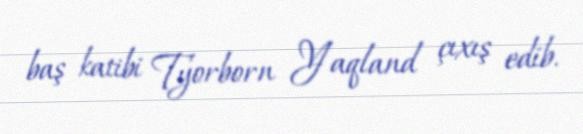
baş katibi Tyorborn Yaqland çıxış edib.